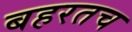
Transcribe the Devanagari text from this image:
बहरतच